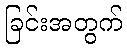
ခြင်းအတွက်